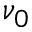
\nu _ { 0 }